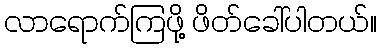
လာရောက်ကြဖို့ ဖိတ်ခေါ်ပါတယ်။